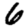
Digit: 6